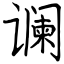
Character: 谰